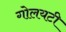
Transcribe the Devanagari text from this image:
गोलयटी